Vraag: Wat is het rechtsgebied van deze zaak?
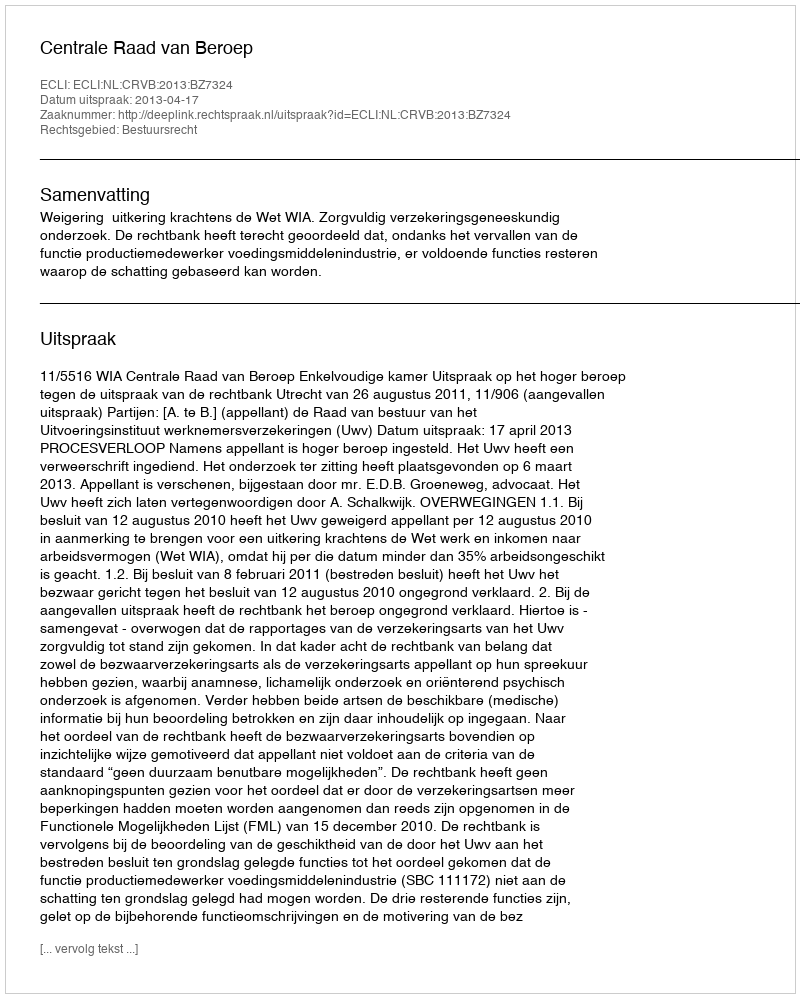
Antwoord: Bestuursrecht